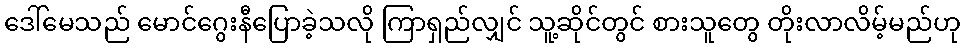
ဒေါ်မေသည် မောင်ဂွေးနီပြောခဲ့သလို ကြာရှည်လျှင် သူ့ဆိုင်တွင် စားသူတွေ တိုးလာလိမ့်မည်ဟု